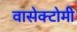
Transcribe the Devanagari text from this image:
वासेक्टोमी